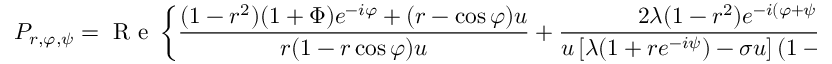
P _ { r , \varphi , \psi } = \mathrm { ~ R ~ e ~ } \left\{ \frac { ( 1 - r ^ { 2 } ) ( 1 + \Phi ) e ^ { - i \varphi } + ( r - \cos \varphi ) u } { r ( 1 - r \cos \varphi ) u } + \frac { 2 \lambda ( 1 - r ^ { 2 } ) e ^ { - i ( \varphi + \psi ) } } { u \left[ \lambda ( 1 + r e ^ { - i \psi } ) - \sigma u \right] ( 1 - r \cos \varphi ) } \mathcal M \Big ( - \sigma + \frac { \lambda } { u } ( 1 + r e ^ { - i \psi } ) \Big ) \right\}